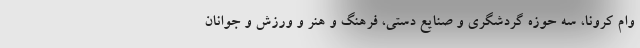
وام کرونا، سه حوزه گردشگری و صنایع دستی، فرهنگ و هنر و ورزش و جوانان